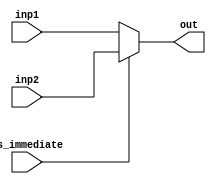
module Mux32
  (
    input is_immediate,
    input [31:0] inp1,inp2,
    output [31:0] out
  );
  assign out = (is_immediate)?(inp2):(inp1);
endmodule

module Mux5
  (
    input is_immediate,
    input [4:0] inp1,inp2,
    output [4:0] out
  );
  assign out = (is_immediate)?(inp2):(inp1);
endmodule